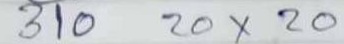
310 20 x 20